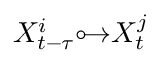
X _ { t - \tau } ^ { i } { \circ \! { \rightarrow } } X _ { t } ^ { j }